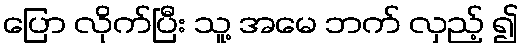
ပြော လိုက်ပြီး သူ့ အမေ ဘက် လှည့် ၍